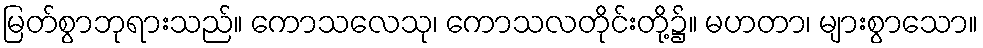
မြတ်စွာဘုရားသည်။ ကောသလေသု၊ ကောသလတိုင်းတို့၌။ မဟတာ၊ များစွာသော။